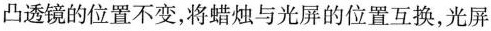
凸透镜的位置不变，将蜡烛与光屏的位置互换，光屏